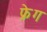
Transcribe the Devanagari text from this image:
फ्रेग